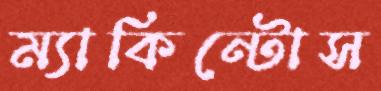
ম্যাকিন্টোস